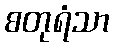
စတုရံသာ